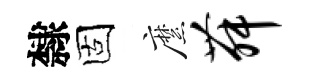
隸固縻舞